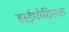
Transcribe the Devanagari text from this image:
हाईपोक्सिक